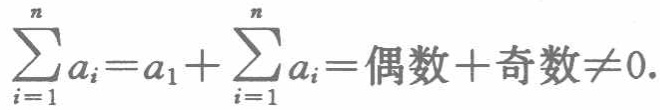
\(\sum_{i = 1}^{n}a_{i}=a_{1}+\sum_{i = 1}^{n}a_{i}=\text{偶数}+\text{奇数}\neq0.\)